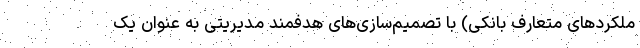
ملکردهای متعارف بانکی) با تصمیم‌سازی‌های هدفمند مدیریتی به عنوان یک